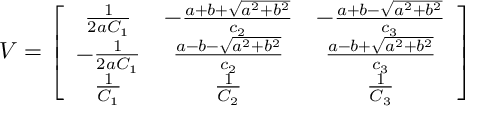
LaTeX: V = \left[ \begin{array} { c c c } { { \frac { 1 } { 2 a C _ { 1 } } } } & { { - \frac { a + b + \sqrt { a ^ { 2 } + b ^ { 2 } } } { c _ { 2 } } } } & { { - \frac { a + b - \sqrt { a ^ { 2 } + b ^ { 2 } } } { c _ { 3 } } } } \\ { { - \frac { 1 } { 2 a C _ { 1 } } } } & { { \frac { a - b - \sqrt { a ^ { 2 } + b ^ { 2 } } } { c _ { 2 } } } } & { { \frac { a - b + \sqrt { a ^ { 2 } + b ^ { 2 } } } { c _ { 3 } } } } \\ { { \frac { 1 } { C _ { 1 } } } } & { { \frac { 1 } { C _ { 2 } } } } & { { \frac { 1 } { C _ { 3 } } } } \end{array} \right]